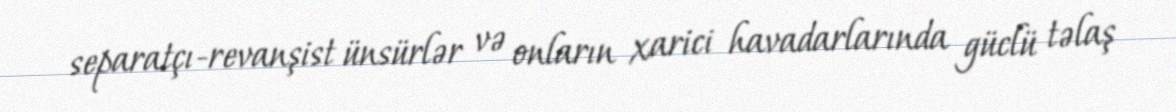
separatçı-revanşist ünsürlər və onların xarici havadarlarında güclü təlaş